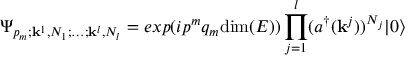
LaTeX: \Psi _ { p _ { m } ; { \bf k } ^ { 1 } , N _ { 1 } ; \dots ; { \bf k } ^ { l } , N _ { l } } = e x p ( i p ^ { m } q _ { m } \mathrm { d i m } ( E ) ) \prod _ { j = 1 } ^ { l } ( a ^ { \dagger } ( { \bf k } ^ { j } ) ) ^ { N _ { j } } | 0 \rangle